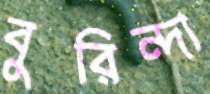
বুরিন্দা